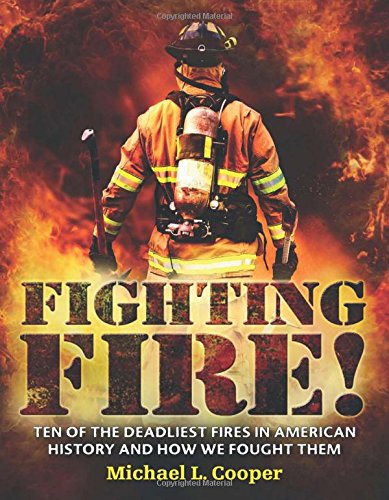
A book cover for Fighting Fire!: Ten of the Deadliest Fires in American History and How We Fought Them; Michael L. Cooper; Children's Books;